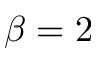
\beta = 2